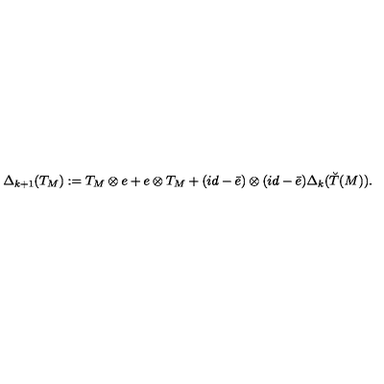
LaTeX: \Delta _ { k + 1 } ( T _ { M } ) : = T _ { M } \otimes e + e \otimes T _ { M } + ( i d - \bar { e } ) \otimes ( i d - \bar { e } ) \Delta _ { k } ( \breve { T } ( M ) ) .